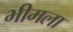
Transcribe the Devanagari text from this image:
भीमला